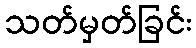
သတ်မှတ်ခြင်း